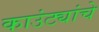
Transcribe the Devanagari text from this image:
काउंट्यांचे